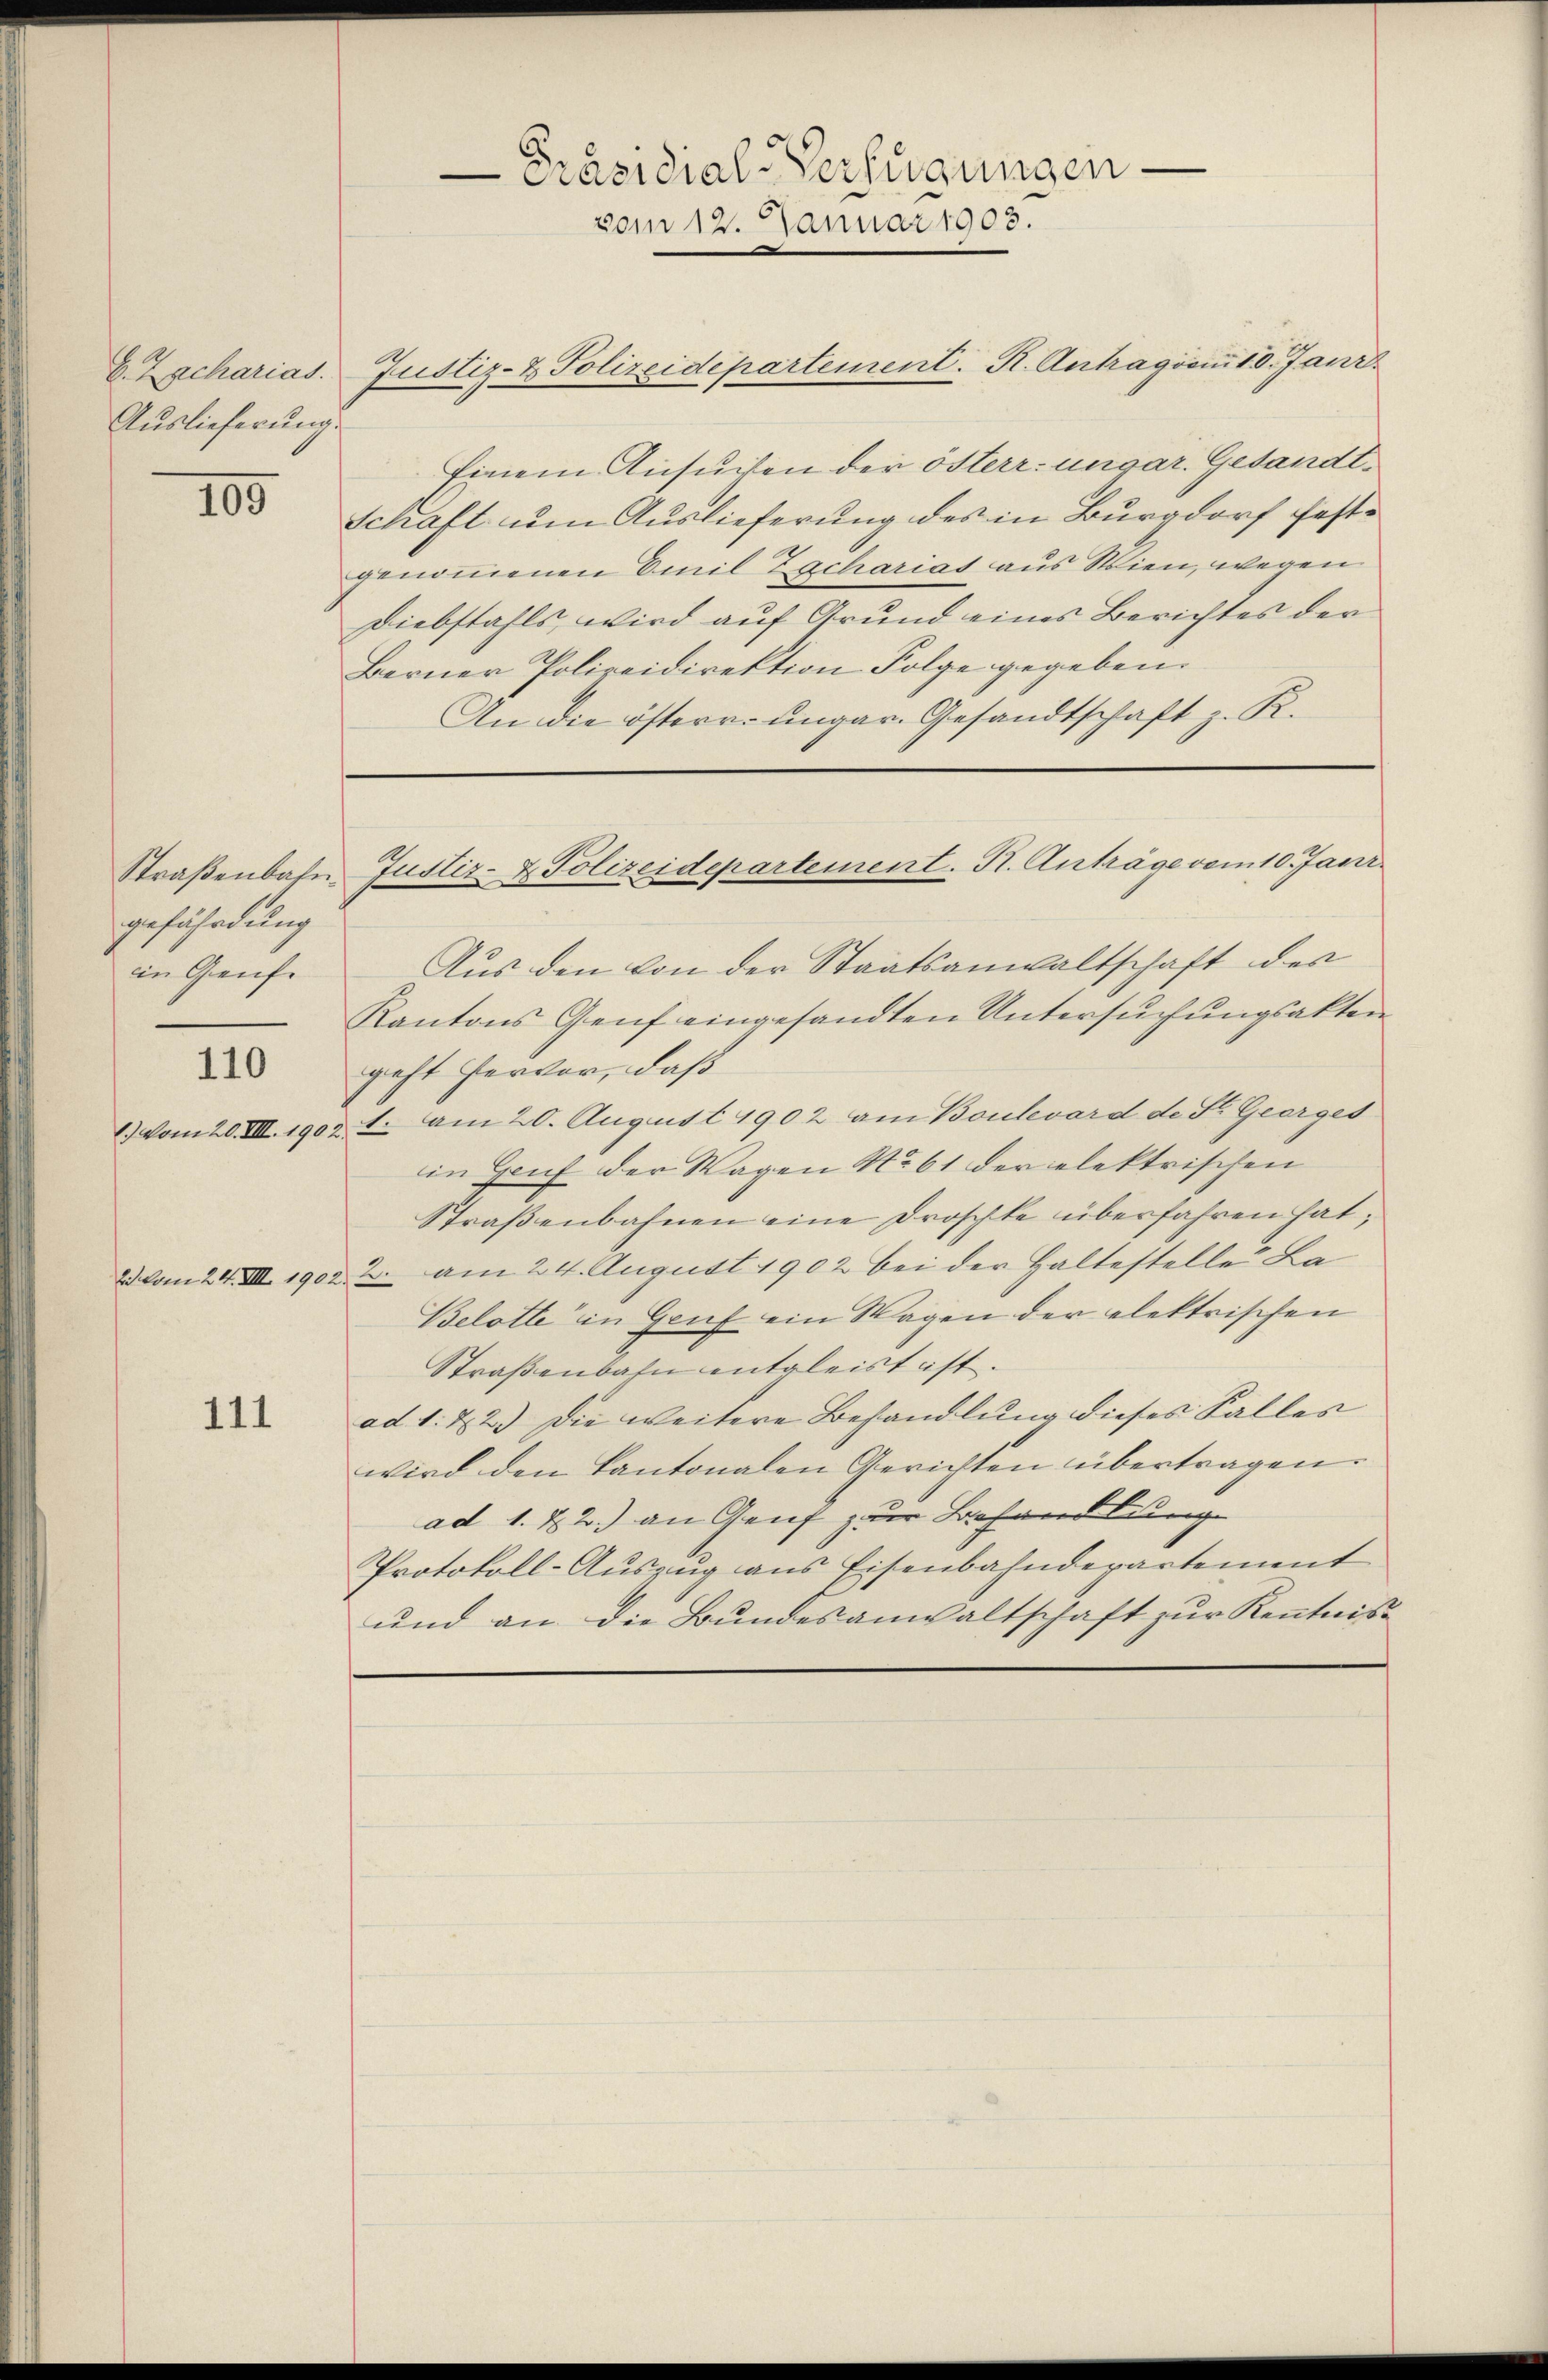
E. Zacharias.
Auslieferung.

105

Straßenbahn.
gefährdung
in Genfe
110
1.) Vom 20. VIII. 1902.
2. vom 24. VIII. 1902.

111

Präsidial-Verfügungen.
vom 12. Januar 1903.

Justiz- & Polizeidepartement. R. Antrag vom 18. Janr.
Einem Ansuchen der österr. ungar. Gesandt¬
Schaft um Auslieferung des in Burgdorf festgenommenen Emil Zachariat aus Wien, wegen
Diebstahls, wird auf Grund eines Berichtes der
Berner Polizeidirektion Folge gegeben.
An die österre ungar. Gesandtschaft z. R.
Aus den von der Staatsanwaltschaft des
Kantons Genf eingesandten Untersŭchŭngsakten
geht hervor, daß
. am 20. August 1902 am Boulevard de St. Georges
in Gruf der Wagen No 61 der elektrischen
Straβenbahnen eine Droschte überfahren hat;
2. am 24. August 1902 bei der Haltestelle La
Belotte in Genf ein Wagen der elektrischen
Straßenbahn entgleist ist.
ad 1. 22.) Die weitere Behandlung dieses Falles
wird den Kantonalen Gerichten übertragen.
ad 1. 22.) an Genf zur Behandlung
Protokoll-Auszug aus Eisenbahndepartement
und an die Bundesanwaltschaft zur Kenntnis¬

Justiz- & Polizeidepartement. St. Anträge vom 10. Janr.